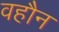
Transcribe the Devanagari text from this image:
वहौन